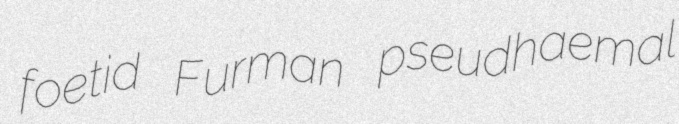
foetid Furman pseudhaemal